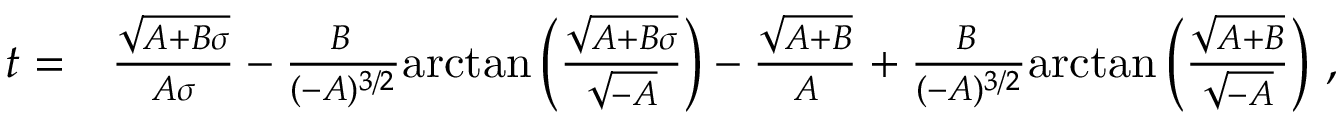
\begin{array} { r l } { t = } & { \frac { \sqrt { A + B \sigma } } { A \sigma } - \frac { B \, } { ( - A ) ^ { 3 / 2 } } \mathrm { a r c t a n } \left( \frac { \sqrt { A + B \sigma } } { \sqrt { - A } } \right) - \frac { \sqrt { A + B } } { A } + \frac { B \, } { ( - A ) ^ { 3 / 2 } } \mathrm { a r c t a n } \left( \frac { \sqrt { A + B } } { \sqrt { - A } } \right) \, , } \end{array}